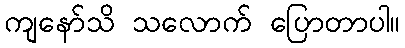
ကျနော်သိ သလောက် ပြောတာပါ။